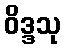
ဝိဒ္ဒသု